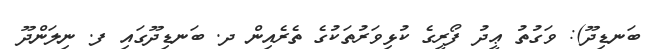
ބަނޑިދޫ): ވަގުތު ޢީދު ފޯރީގެ ކުޅިވަރުތަކުގެ ތެރެއިން ދ. ބަނޑިދޫގައި ފ. ނިލަންދޫ